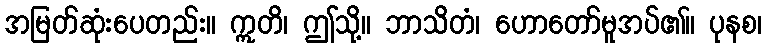
အမြတ်ဆုံးပေတည်း။ ဣတိ၊ ဤသို့။ ဘာသိတံ၊ ဟောတော်မူအပ်၏။ ပုနစ၊